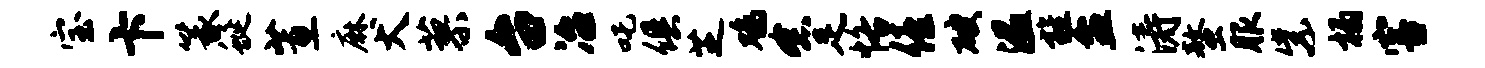
宝卞篆蜒蕙麻犬蓼台冶吒俱芝鸡念足恪僖破温旌盆涛螯服紫榻害